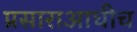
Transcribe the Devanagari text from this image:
प्रसाराआधीच